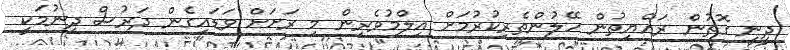
ދީނީ ގޮތުން ރައްޔިތުން ހޭލުންތެރިކުރުމަށް އިލްމުވެރިން މި ރަށަށް ވަޑައިގެން ދަރުސް ދިނުމަކީ